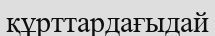
құрттардағыдай